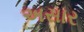
અસાર